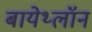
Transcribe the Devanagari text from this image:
बायेथ्लॉन